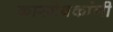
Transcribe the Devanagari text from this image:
कारसेवकांनी